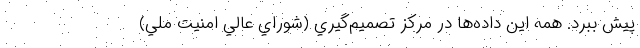
پيش ببرد. همه اين داده‌ها در مركز تصميم‌گيري (شوراي عالي امنيت ملي)